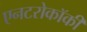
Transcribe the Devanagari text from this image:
एनटरोकॉकी